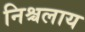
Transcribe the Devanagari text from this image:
निश्चलाय